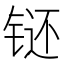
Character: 𲈂